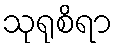
သုရုစိရာ